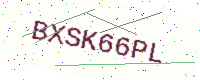
Text: BXSK66PL